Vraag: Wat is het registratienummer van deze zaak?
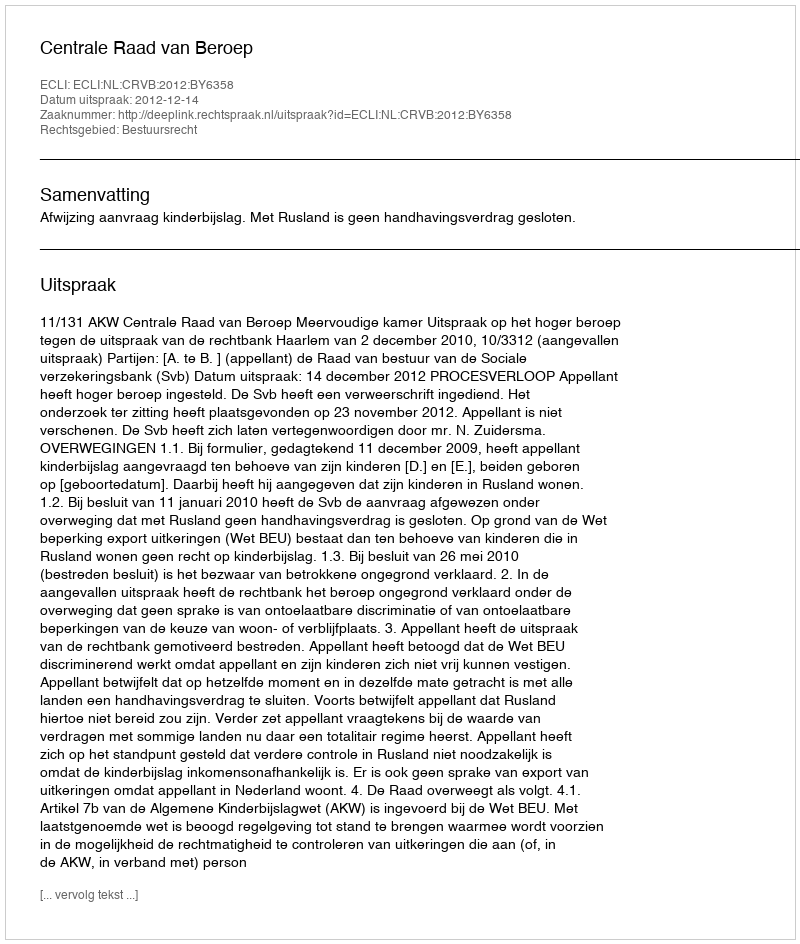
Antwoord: http://deeplink.rechtspraak.nl/uitspraak?id=ECLI:NL:CRVB:2012:BY6358